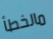
مالخطأ